Lunatic asylums Madras 1877-1891 - 1877-1891
Year: 1877
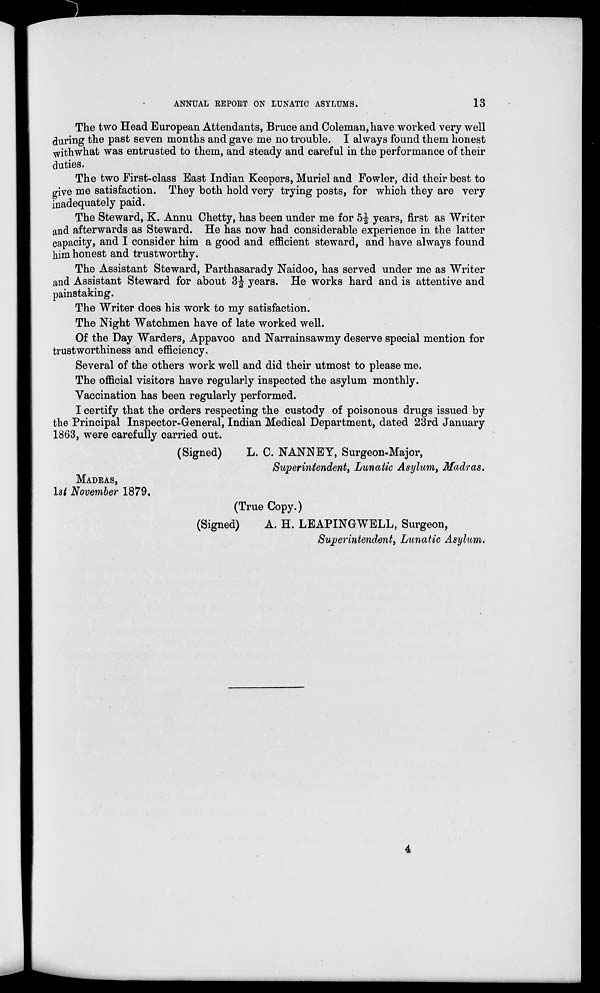
13
ANNUAL REPORT ON LUNATIC ASYLUMS.
The two Head European Attendants, Bruce and Coleman, have worked very well
during the past seven months and gave me no trouble. I always found them honest
Withwhat was entrusted to them, and steady and careful in the performance of their
duties.
The two First-class East Indian Keepers, Muriel and Fowler, did their best to
give me satisfaction. They both hold very trying posts, for which they are very
inadequately paid.
The Steward, K. Annu Chetty, has been under me for 5½ years, first as Writer
and afterwards as Steward. He has now had considerable experience in the latter
capacity, and I consider him a good and efficient steward, and have always found
him honest and trustworthy.
The Assistant Steward, Parthasarady Naidoo, has served under me as Writer
and Assistant Steward for about 3½ years. He works hard and is attentive and
painstaking.
The Writer does his work to my satisfaction.
The Night Watchmen have of late worked well.
Of the Day Warders, Appavoo and Narrainsawmy deserve special mention for
trustworthiness and efficiency.
Several of the others work well and did their utmost to please me.
The official visitors have regularly inspected the asylum monthly.
Vaccination has been regularly performed.
I certify that the orders respecting the custody of poisonous drugs issued by
the Principal Inspector-General, Indian Medical Department, dated 23rd January
1863, were carefully carried out.
(Signed)
L. C. NANNEY, Surgeon-Major,
Superintendent, Lunatic Asylum, Madras.
MADRAS,
1st November 1879.
(True Copy.)
(Signed)
A. H. LEAPINGWELL, Surgeon,
Superintendent, Lunatic Asylum.
4